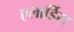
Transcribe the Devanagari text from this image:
एलार्डिस